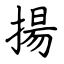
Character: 揚